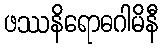
ဖဿနိရောဓဂါမိနီ